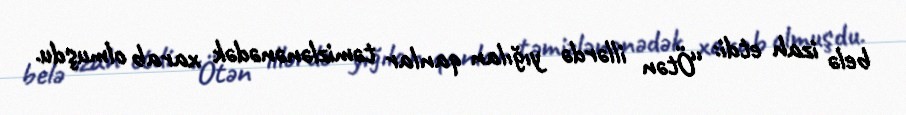
belə izah etdi: “Ötən illərdə yığılan qanlar təmizlənənədək xarab olmuşdu.